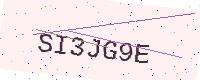
Text: SI3JG9E